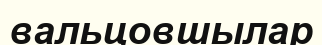
вальцовшылар